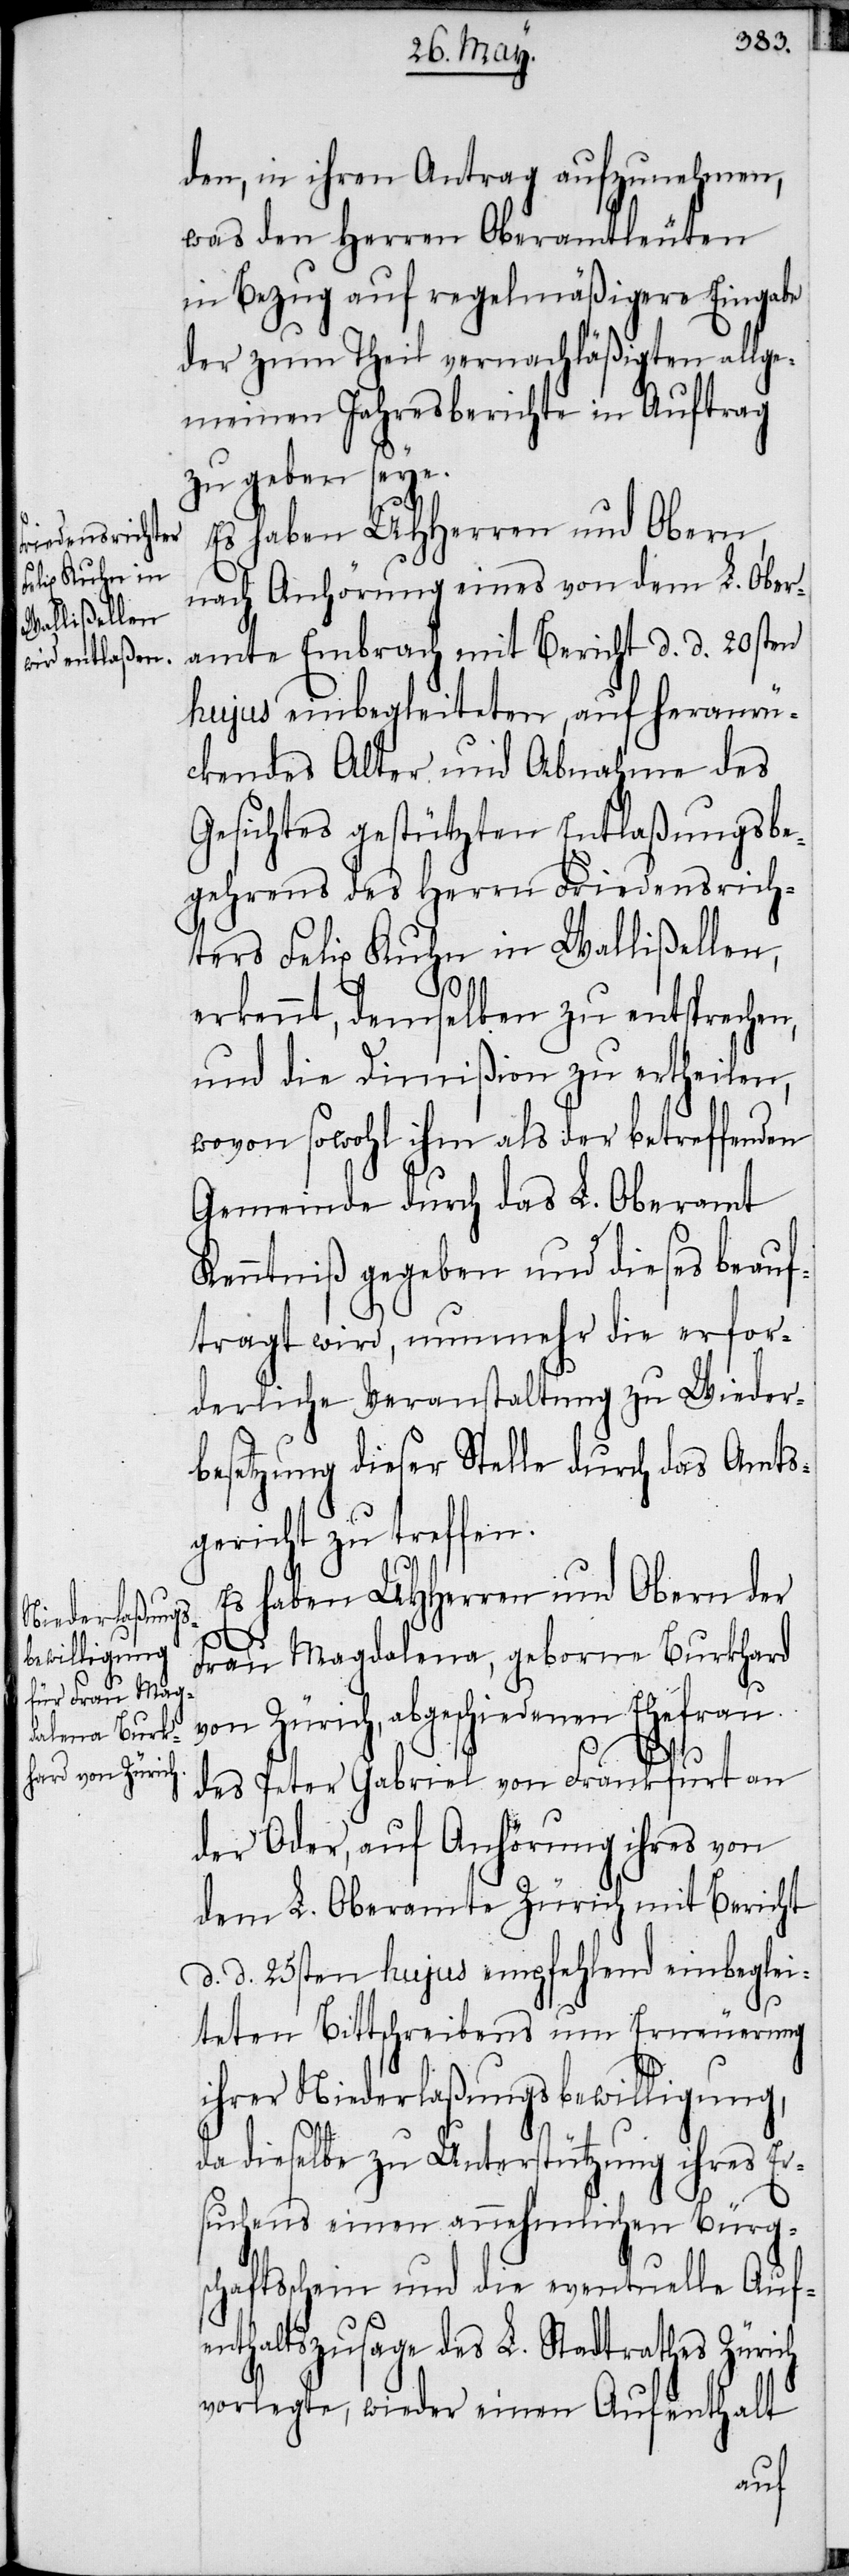
den, in ihren Antrag aufzunehmen,
was den Herren Oberamtleuten
in Bezug auf regelmäßigere Eingabe
der zum Theil vernachläßigten allge¬
meinen Jahresberichte in Auftrag
zu geben seye.
Es haben UHHerren und Obern,
nach Anhörung eines von dem L. Ober¬
amte Embrach mit Bericht d. d. 20sten
hujus einbegleiteten, auf heranrü¬
ckendes Alter und Abnahme des
Gesichtes gestützten Entlaßungsbe¬
gehrens des Herrn Friedensrich¬
ters Felix Kuhn in Wallißellen,
erkennt, demselben zu entsprechen,
und die Dimißion zu ertheilen,
wovon sowohl ihm als der betreffenden
Gemeinde durch das L. Oberamt
Kenntniß gegeben und dieses beauf¬
tragt wird, nunmehr die erfor¬
derliche Veranstaltung zu Wieder¬
besetzung dieser Stelle durch das Amts¬
gericht zu treffen.
Es haben UHHerren und Obern der
Frau Magdalena, geborne Burkhard
von Zürich, abgeschiedenen Ehefrau
des Peter Gabriel von Frankfurt an
der Oder, auf Anhörung ihres von
dem L. Oberamte Zürich mit Bericht
d. d. 25sten hujus empfehlend einbeglei¬
teten Bittschreibens um Erneuerung
ihrer Niederlaßungsbewilligung,
da dieselbe zu Unterstützung ihres Er¬
suchens einen annehmlichen Bürgs¬
chaftsschein und die eventuelle Auf¬
enthaltszusage des L. Stadtrathes Zürich
vorlegte, wieder einen Aufenthalt